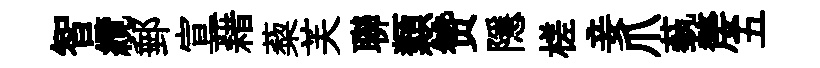
智纜郵宣藉蔾芙聯纇赞隱槎妾爪蓺嫠五